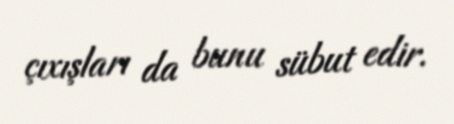
çıxışları da bunu sübut edir.